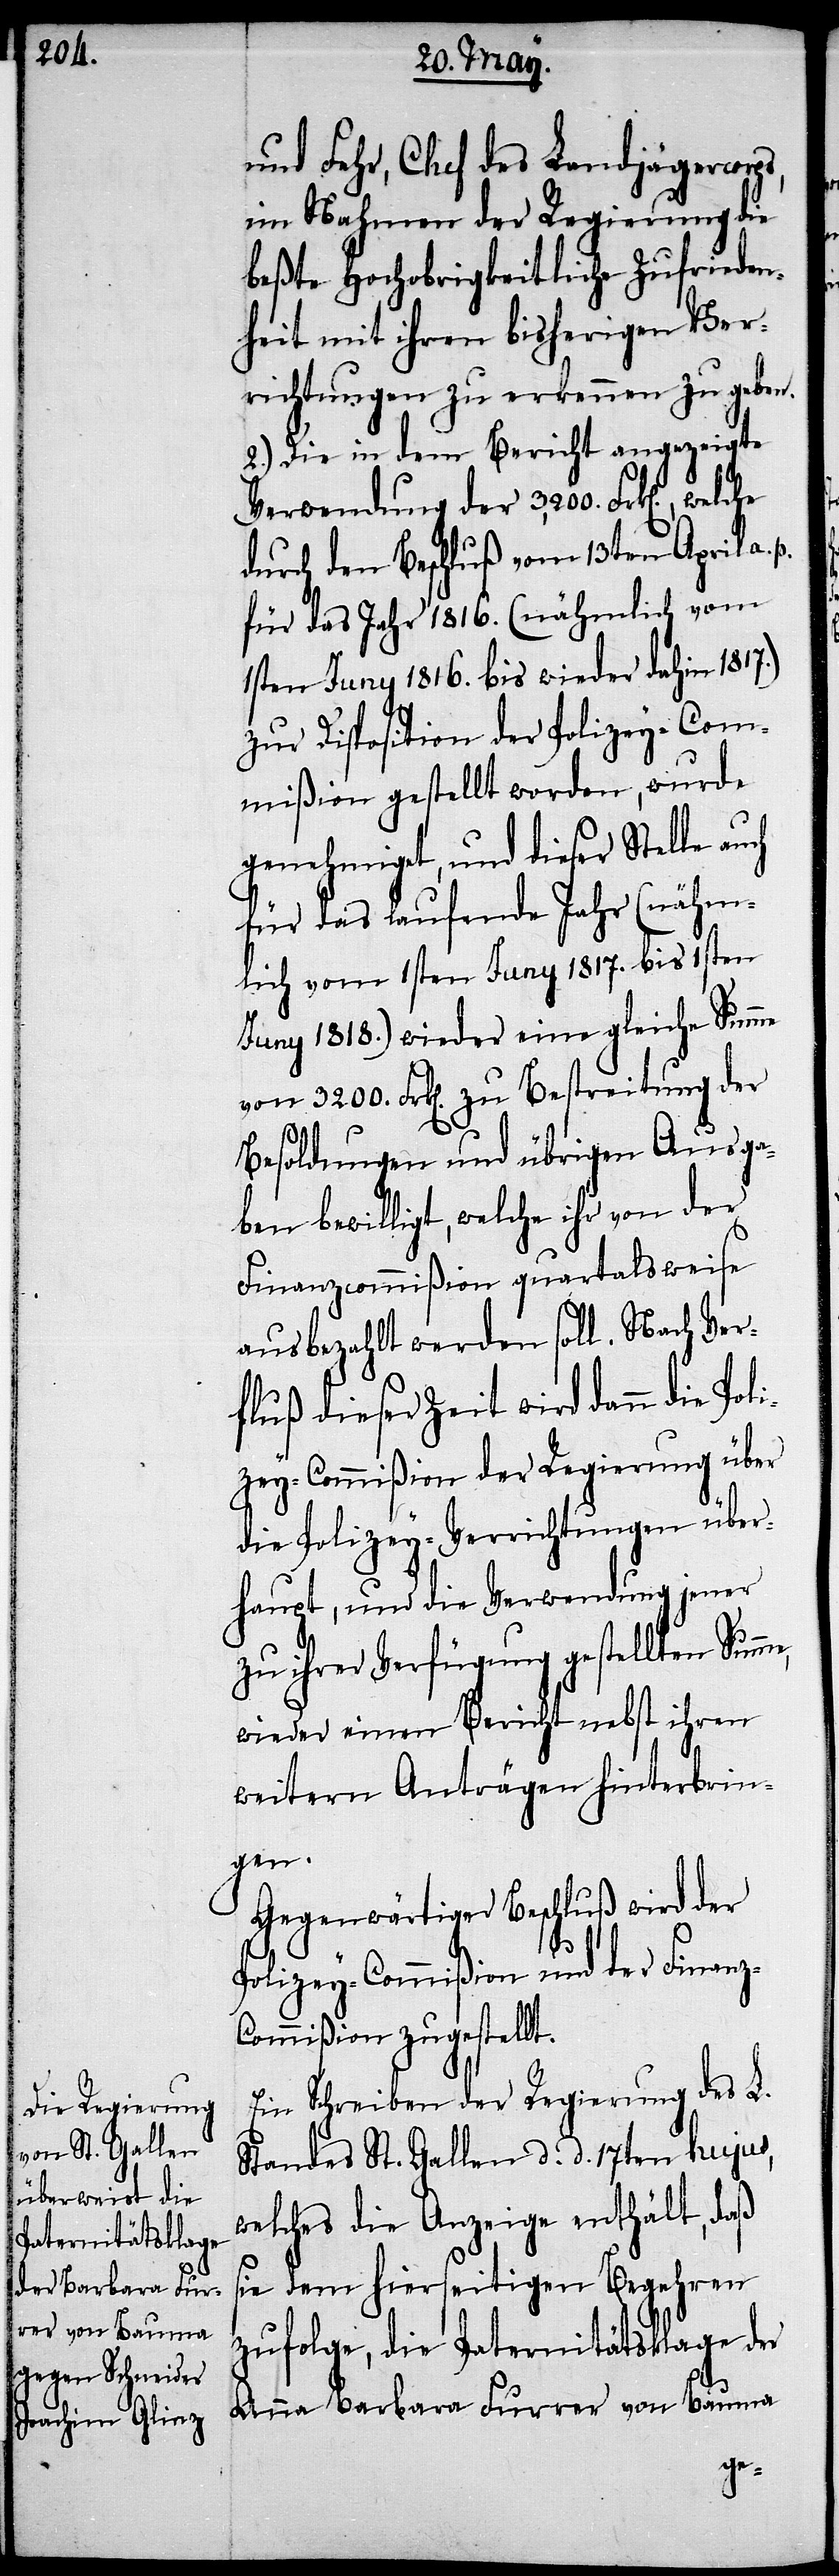
und Fehr, Chef des Landjägercorps,
im Nahmen der Regierung die
beßte Hochobrigkeitliche Zufrieden¬
heit mit ihren bisherigen Ver¬
richtungen zu erkennen zu geben.
2.) Die in dem Bericht angezeigte
durch den Beschluß vom 13ten April a.
für das Jahr 1816. (nähmlich vom
1sten Juny 1816. bis wieder dahin 1817.)
zur Disposition der Polizey-Com¬
mißion gestellt worden, wurde
genehmiget, und dieser Stelle auch
für das laufende Jahr (nähm¬
lich vom 1sten Juny 1817. bis 1sten
Juny 1818.) wieder eine gleiche Summe
von 3200. Frk[en]. zu Bestreitung der
Besoldungen und übrigen Ausga¬
ben bewilligt, welche ihr von der
Finanzcommißion quartalsweise
ausbezahlt werden soll. Nach Ver¬
fluß dieser Zeit wird dann die
zey-Commißion der Regierung über
die Polizey-Verrichtungen über¬
haupt, und die Verwendung jener
zu ihrer Verfügung gestellten Summ¬
wieder einen Bericht nebst ihren
weitern Anträgen hinterbrin¬
gen.
Gegenwärtiger Beschluß wird der
Polizey-Commißion und der Finan¬
ommißion zugestellt.
Ein Schreiben der Regierung des L.
Standes St. Gallen d. d. 17ten hujus,
welches die Anzeige enthält, daß
sie dem hierseitigen Begehren
zufolge, die Paternitätsklage der
Anna Barbara Furrer von Bauma
z-C¬